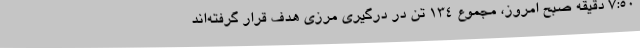
۷:۵۰ دقیقه صبح امروز، مجموع ۱۳۴ تن در درگیری مرزی هدف قرار گرفته‌اند